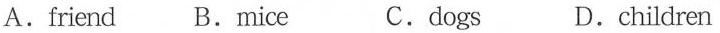
A.friend B.Mice C.dogs D.children